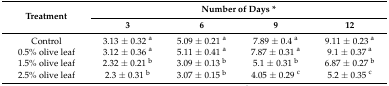
| <ROWSPAN=2> Treatment | <COLSPAN=4> Number of Days * |
 | 3 | 6 | 9 | 12 |
 | --- | --- | --- | --- | --- |
 | Control | 3.13 ± 0.32 a | 5.09 ± 0.21 a | 7.89 ± 0.4 a | 9.11 ± 0.23 a |
 | 0.5% olive leaf | 3.12 ± 0.36 a | 5.11 ± 0.41 a | 7.87 ± 0.31 a | 9.1 ± 0.37 a |
 | 1.5% olive leaf | 2.32 ± 0.21 b | 3.09 ± 0.13 b | 5.1 ± 0.31 b | 6.87 ± 0.27 b |
 | 2.5% olive leaf | 2.3 ± 0.31 b | 3.07 ± 0.15 b | 4.05 ± 0.29 c | 5.2 ± 0.35 c |